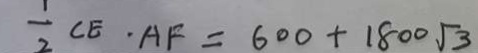
\frac { 1 } { 2 } C E \cdot A F = 6 0 0 + 1 8 0 0 \sqrt { 3 }